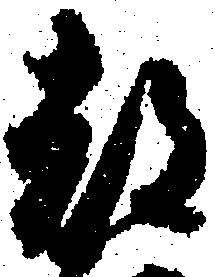
都